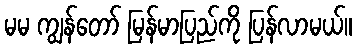
မမ ကျွန်တော် မြန်မာပြည်ကို ပြန်လာမယ်။